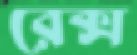
রেক্স